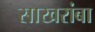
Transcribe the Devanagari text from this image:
साखरांबा